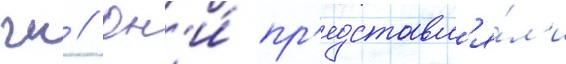
гк // Он'и́ пр'едставл'я́л'и